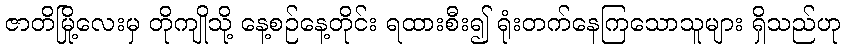
ဇာတိမြို့လေးမှ တိုကျိုသို့ နေ့စဉ်နေ့တိုင်း ရထားစီး၍ ရုံးတက်နေကြသောသူများ ရှိသည်ဟု